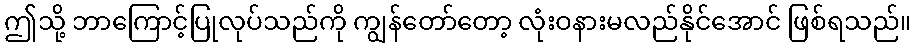
ဤသို့ ဘာကြောင့်ပြုလုပ်သည်ကို ကျွန်တော်တော့ လုံးဝနားမလည်နိုင်အောင် ဖြစ်ရသည်။